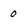
Character: 0